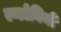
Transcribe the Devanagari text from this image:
एन्टोनिनी